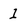
Character: 1